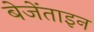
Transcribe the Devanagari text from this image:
बेजेंताइन